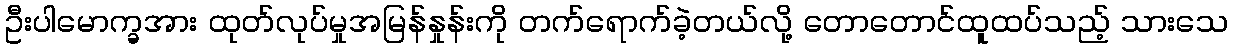
ဦးပါမောက္ခအား ထုတ်လုပ်မှုအမြန်နှုန်းကို တက်ရောက်ခဲ့တယ်လို့ တောတောင်ထူထပ်သည့် သားသေ